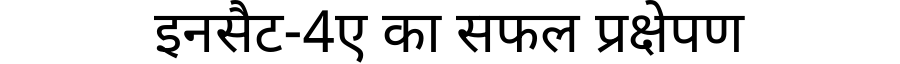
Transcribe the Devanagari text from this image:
इनसैट-4ए का सफल प्रक्षेपण